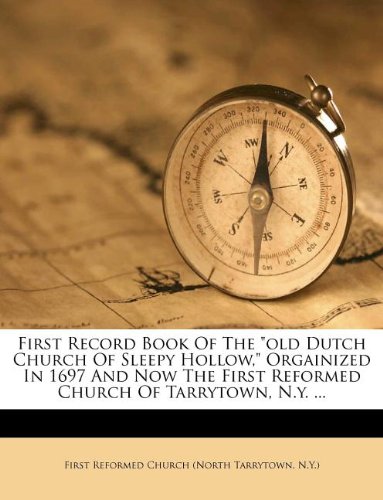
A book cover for First Record Book Of The "old Dutch Church Of Sleepy Hollow," Orgainized In 1697 And Now The First Reformed Church Of Tarrytown, N.y. ...; History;